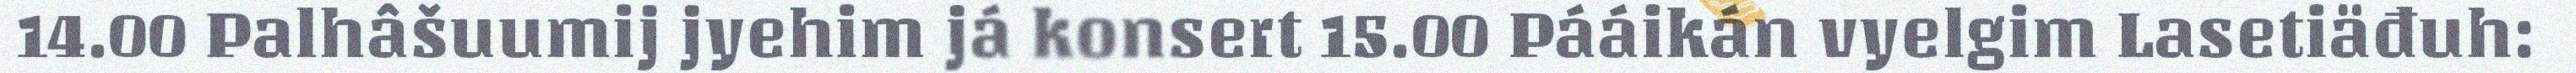
14.00 Palhâšuumij jyehim já konsert 15.00 Pááikán vyelgim Lasetiäđuh: